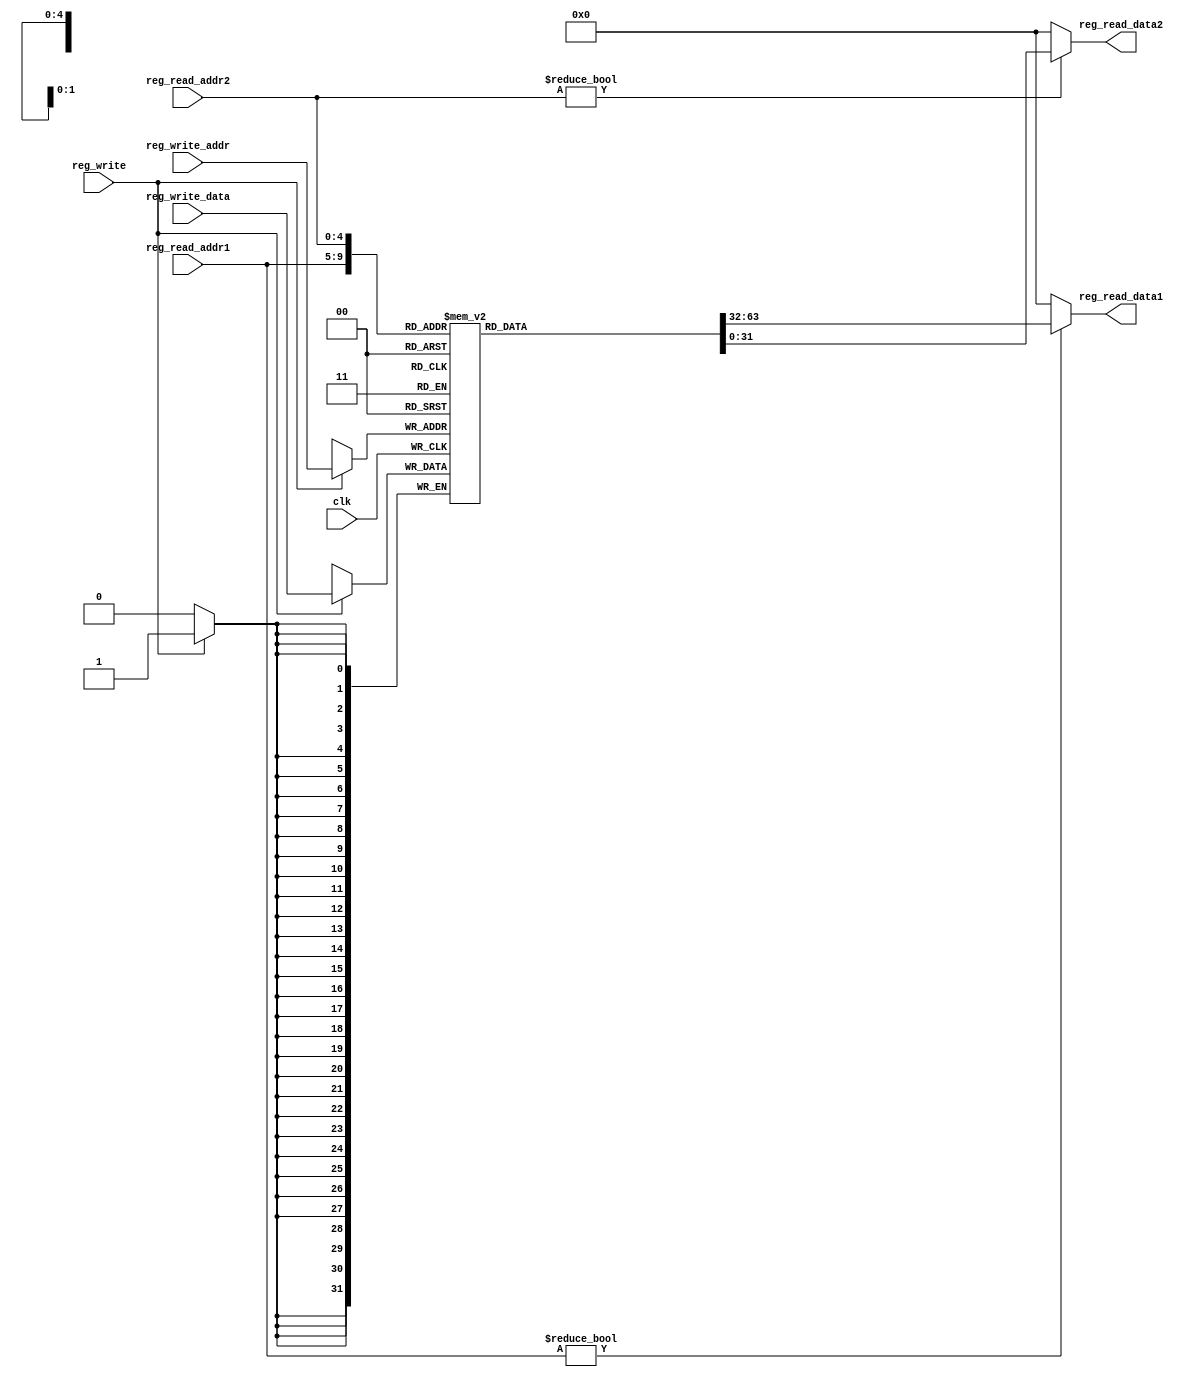
`timescale 1ns / 1ps
//////////////////////////////////////////////////////////////////////////////////
// Company: 
// Engineer: 
// 
// Design Name: 
// Module Name: regfile
// Project Name: 
// Target Devices: 
// Tool Versions: 
// Description: 
// 
// Dependencies: 
// 
// Revision:
// Revision 0.01 - File Created
// Additional Comments:
// 
//////////////////////////////////////////////////////////////////////////////////


module regfile #(parameter WIDTH=32,REGBITS=5)(
    input clk,
    input reg_write,
    input [REGBITS-1:0] reg_read_addr1, reg_read_addr2, reg_write_addr,
    input [WIDTH-1:0] reg_write_data,
    output [WIDTH-1:0] reg_read_data1, reg_read_data2);
    
    reg [WIDTH-1:0] REG[(1<<REGBITS)-1:0];  //32 32 x 2^5

    initial begin
        REG[0] <= 32'b0;
        REG[29] <= 32'h1fe8;    //$sp
    end

    always @(posedge clk)begin
        if(reg_write) REG[reg_write_addr] <= reg_write_data;
    end

    assign reg_read_data1 = reg_read_addr1?REG[reg_read_addr1]:0;    //REG[0]0
    assign reg_read_data2 = reg_read_addr2?REG[reg_read_addr2]:0;
    
endmodule